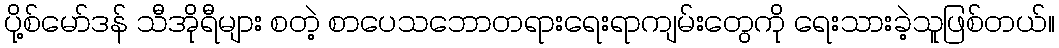
ပို့စ်မော်ဒန် သီအိုရီများ စတဲ့ စာပေသဘောတရားရေးရာကျမ်းတွေကို ရေးသားခဲ့သူဖြစ်တယ်။